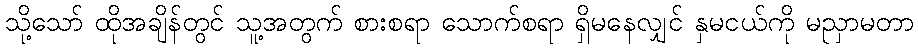
သို့သော် ထိုအချိန်တွင် သူ့အတွက် စားစရာ သောက်စရာ ရှိမနေလျှင် နှမငယ်ကို မညှာမတာ